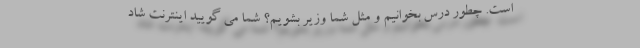
است. چطور درس بخوانیم و مثل شما وزیر بشویم؟ شما می گویید اینترنت شاد